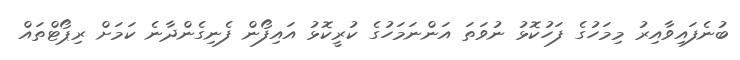
ބުނެފައިވާއިރު މިމަހުގެ ފަހުކޮޅު ނުވަތަ އަންނަމަހުގެ ކުރީކޮޅު އައިފޯން ފެނިގެންދާނެ ކަމަށް ރިޕޯޓްތައް